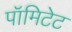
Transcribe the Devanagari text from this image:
पॉमिटेट